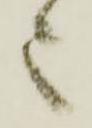
之